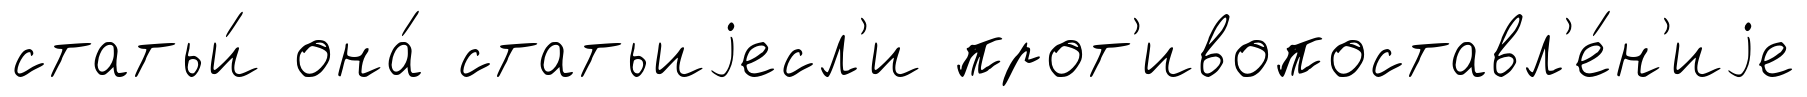
статьи́ она́ статьиjесл'и прот'ивопоставл'е́н'иjе